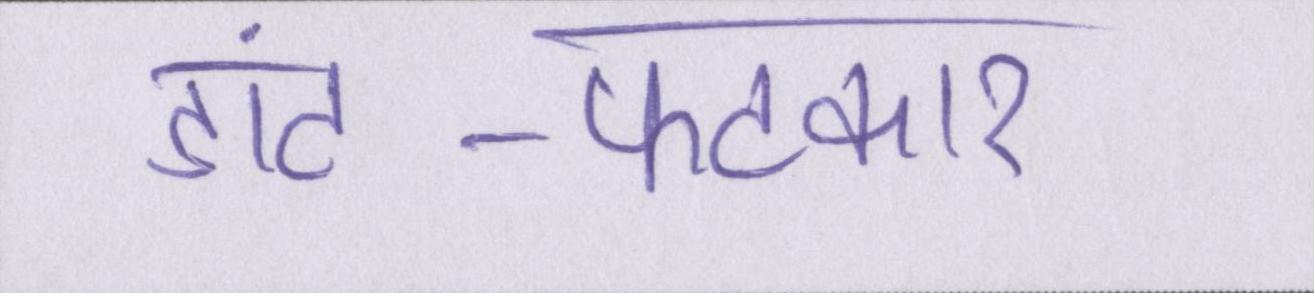
डांट-फटकार